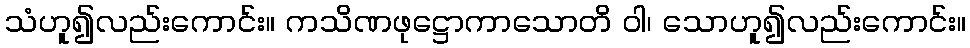
သံဟူ၍လည်းကောင်း။ ကသိဏဖုဋ္ဌောကာသောတိ ဝါ၊ သောဟူ၍လည်းကောင်း။